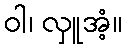
ဝါ၊ လှူအံ့။